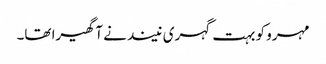
مہرو کو بہت گہری نیند نے آ گھیرا تھا۔